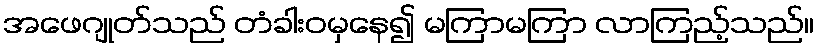
အဖေဂျုတ်သည် တံခါးဝမှနေ၍ မကြာမကြာ လာကြည့်သည်။